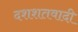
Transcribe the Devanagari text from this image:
दशशतवादी